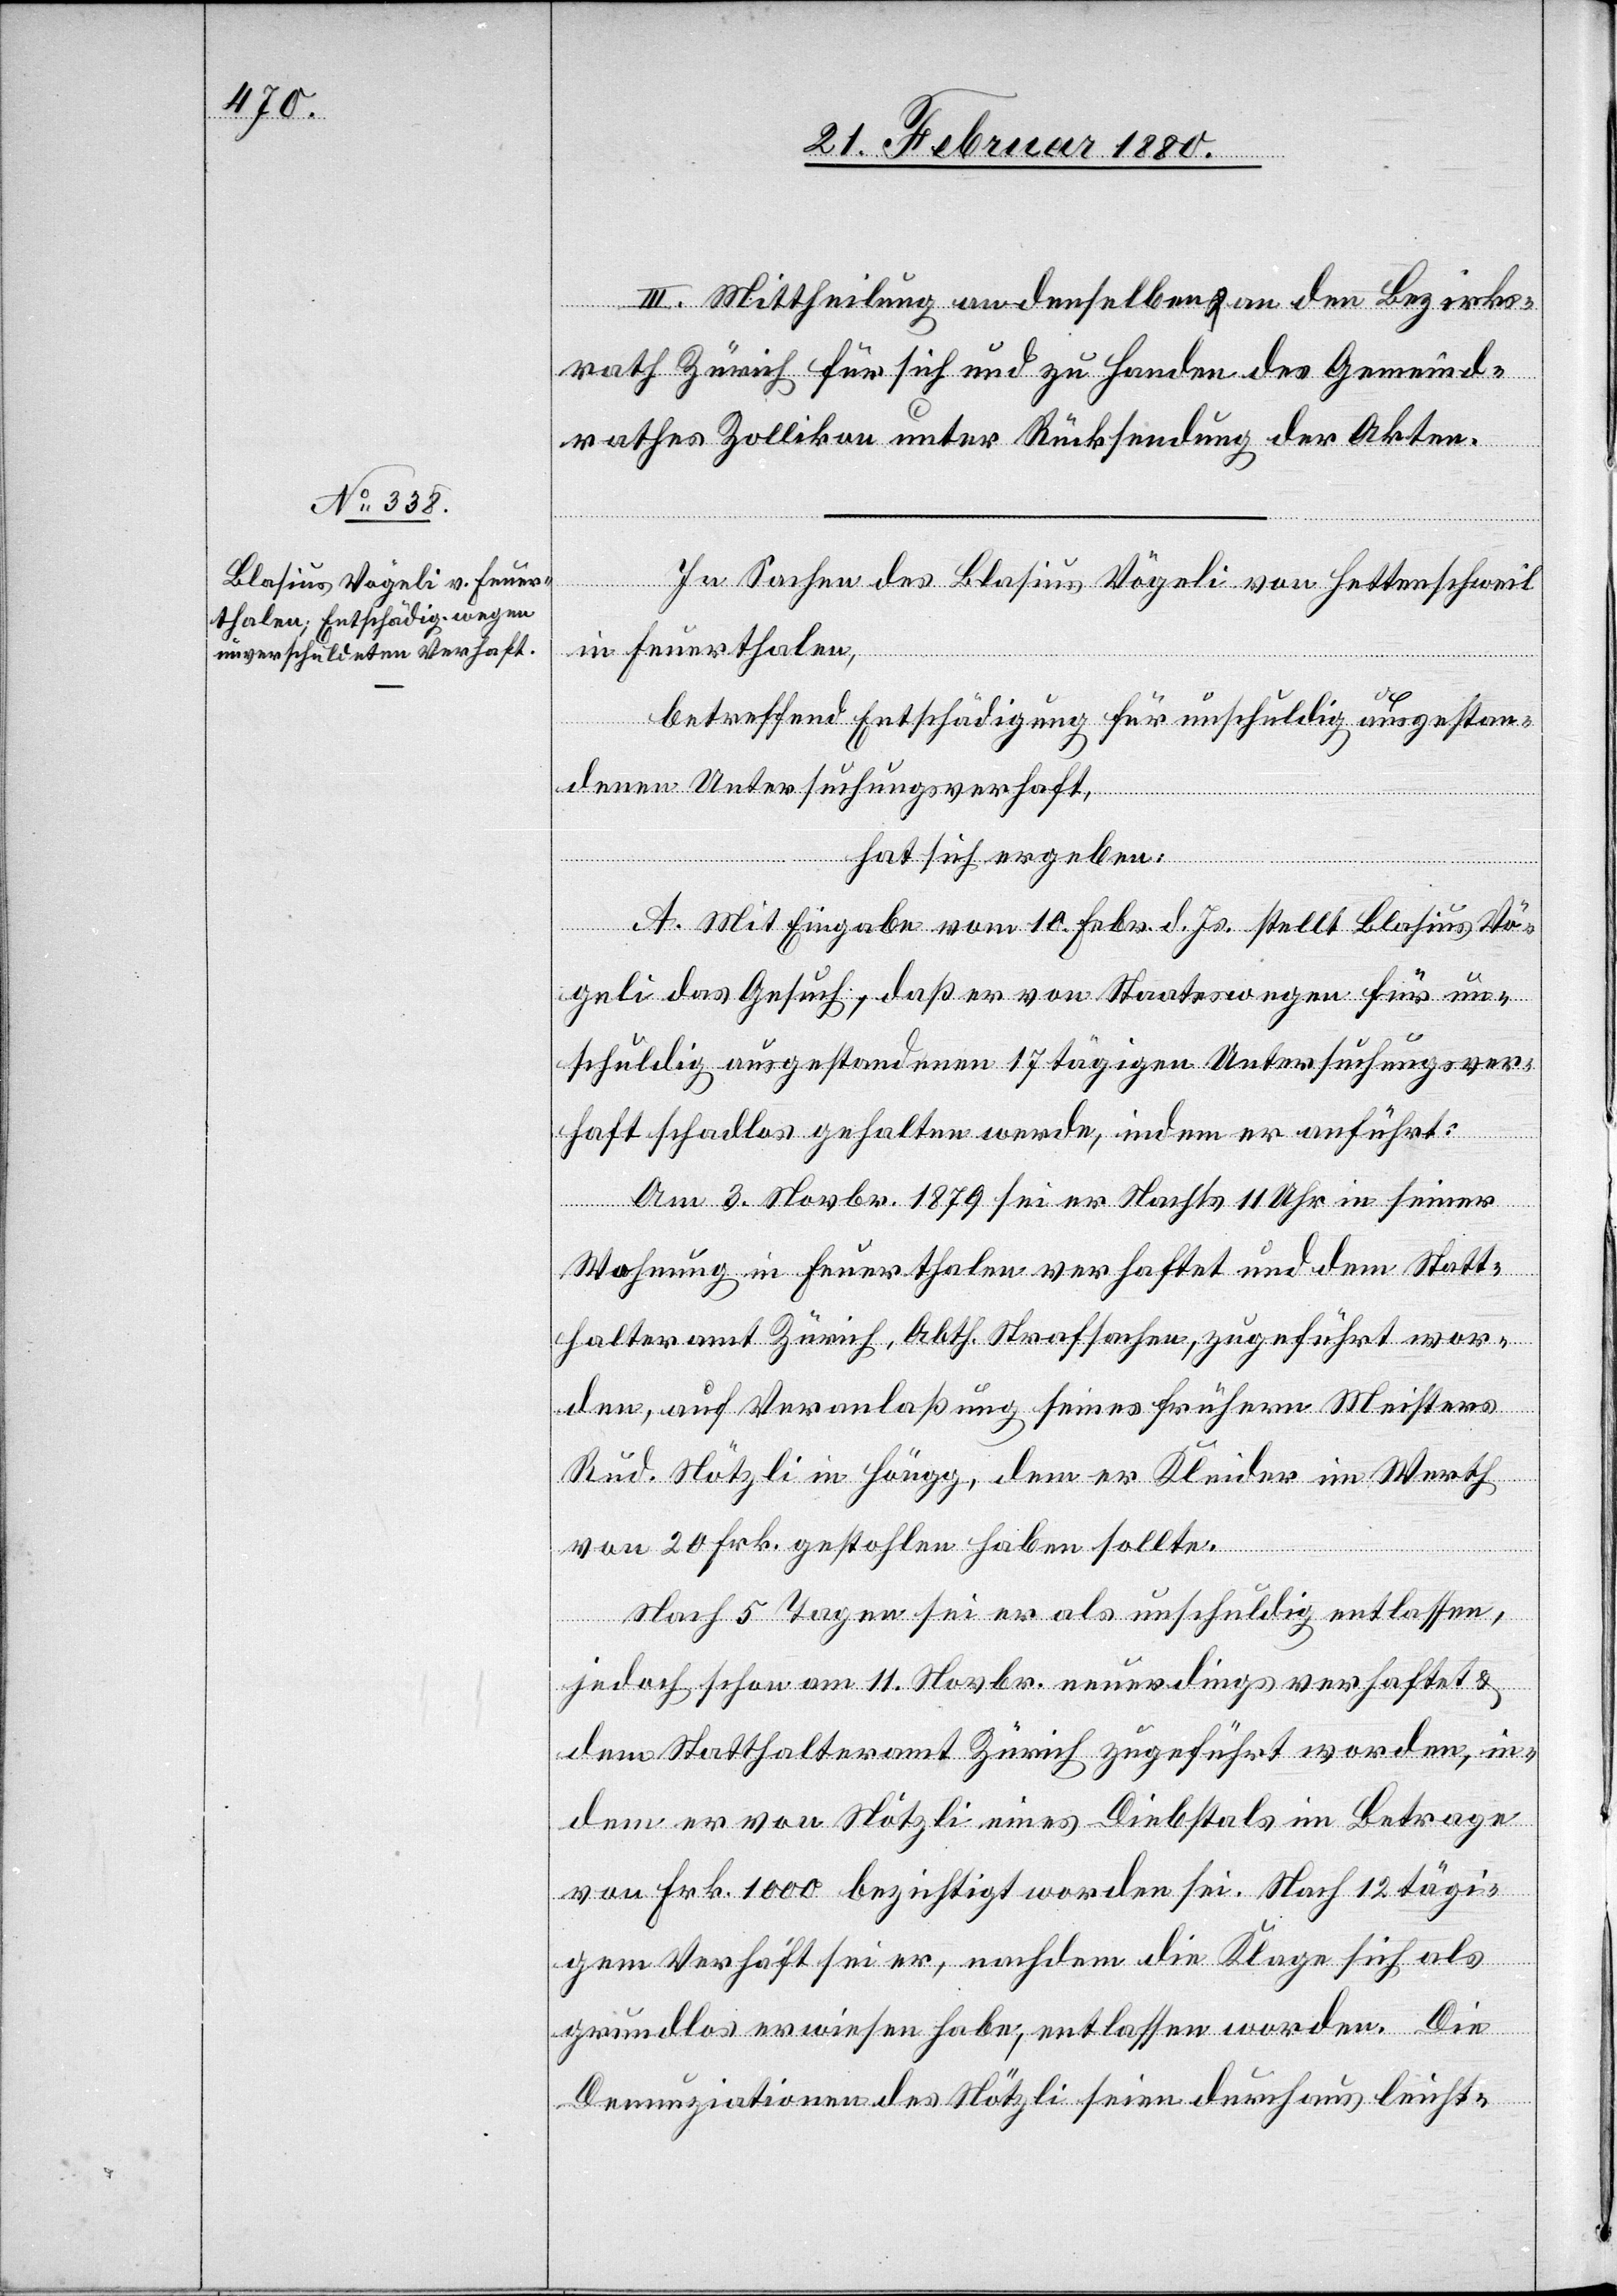
III. Mittheilung an denselben & an den Bezirks¬
rath Zürich für sich und zu Handen des Gemeind¬
rathes Zollikon unter Rücksendung der Akten.
In Sachen des Blasius Vögeli von Hettenschweil
in Feuerthalen,
betreffend Entschädigung für unschuldig ausgestan¬
denen Untersuchungsverhaft,
hat sich ergeben:
A. Mit Eingabe vom 10. Febr. d. Js. stellt Blasius Vö¬
geli das Gesuch, daß er von Staatswegen für un¬
schuldig ausgestandenen 17 tägigen Untersuchungsver¬
haft schadlos gehalten werde, indem er anführt:
Am 3. Novbr. 1879 sei er Nachts 11 Uhr in seiner
Wohnung in Feuerthalen verhaftet und dem Statt¬
halteramt Zürich, Abth. Strafsachen, zugeführt wor¬
den, auf Veranlaßung seines frühern Meisters
Rud. Nötzli in Höngg, dem er Kleider im Werth
von 20 Frk. gestohlen haben sollte.
Nach 5 Tagen sei er als unschuldig entlassen,
jedoch schon am 11. Novbr. neuerdings verhaftet &
dem Statthalteramt Zürich zugeführt worden, in¬
dem er von Nötzli eines Diebstals im Betrage
von Frk. 1000 bezichtigt worden sei. Nach 12 tägi¬
gem Verhaft sei er, nachdem die Klage sich als
grundlos erwiesen habe, entlassen worden. Die
Denunziationen des Nötzli seien durchaus leicht-